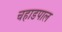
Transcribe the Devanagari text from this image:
चहाडपाल